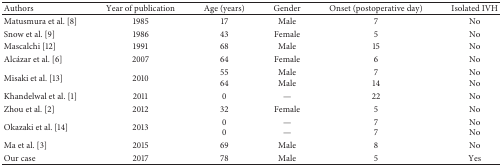
<table><thead><tr><td><b>Authors</b></td><td><b>Year of publication</b></td><td><b>Age (years)</b></td><td><b>Gender</b></td><td><b>Onset (postoperative day)</b></td><td><b>Isolated IVH</b></td></tr></thead><tbody><tr><td>Matusmura et al. [8]</td><td>1985</td><td>17</td><td>Male</td><td>7</td><td>No</td></tr><tr><td>Snow et al. [9]</td><td>1986</td><td>43</td><td>Female</td><td>5</td><td>No</td></tr><tr><td>Mascalchi [12]</td><td>1991</td><td>68</td><td>Male</td><td>15</td><td>No</td></tr><tr><td>Alcázar et al. [6]</td><td>2007</td><td>64</td><td>Female</td><td>6</td><td>No</td></tr><tr><td rowspan="2">Misaki et al. [13]</td><td rowspan="2">2010</td><td>55</td><td>Male</td><td>7</td><td>No</td></tr><tr><td>64</td><td>Male</td><td>14</td><td>No</td></tr><tr><td>Khandelwal et al. [1]</td><td>2011</td><td>0</td><td>—</td><td>22</td><td>No</td></tr><tr><td>Zhou et al. [2]</td><td>2012</td><td>32</td><td>Female</td><td>5</td><td>No</td></tr><tr><td rowspan="2">Okazaki et al. [14]</td><td rowspan="2">2013</td><td>0</td><td>—</td><td>7</td><td>No</td></tr><tr><td>0</td><td>—</td><td>7</td><td>No</td></tr><tr><td>Ma et al. [3]</td><td>2015</td><td>69</td><td>Male</td><td>8</td><td>No</td></tr><tr><td>Our case</td><td>2017</td><td>78</td><td>Male</td><td>5</td><td>Yes</td></tr></tbody></table>